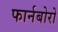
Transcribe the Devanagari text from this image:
फार्नबोरो